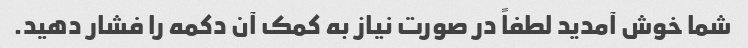
شما خوش آمدید لطفاً در صورت نیاز به کمک آن دکمه را فشار دهید.